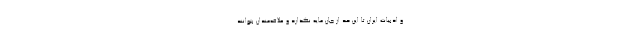
و ادبیات ایران تا این حد از جان مایه نگذارد و علاقه‌مندان بتوانند